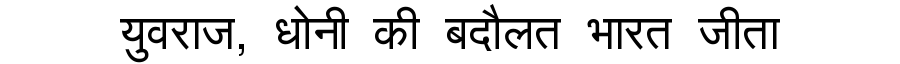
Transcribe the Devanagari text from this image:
युवराज, धोनी की बदौलत भारत जीता